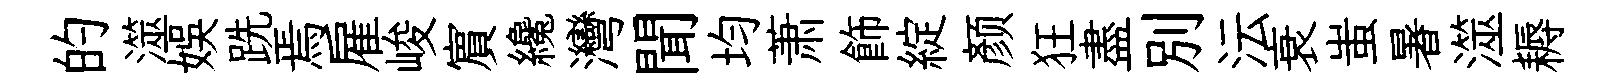
的澨娱跣焉雇峻賔纔灣聞均萧飾綻颜狂盡別沄衰蚩暑澨耨